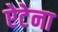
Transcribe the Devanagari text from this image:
ऐटेना